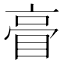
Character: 𥆕